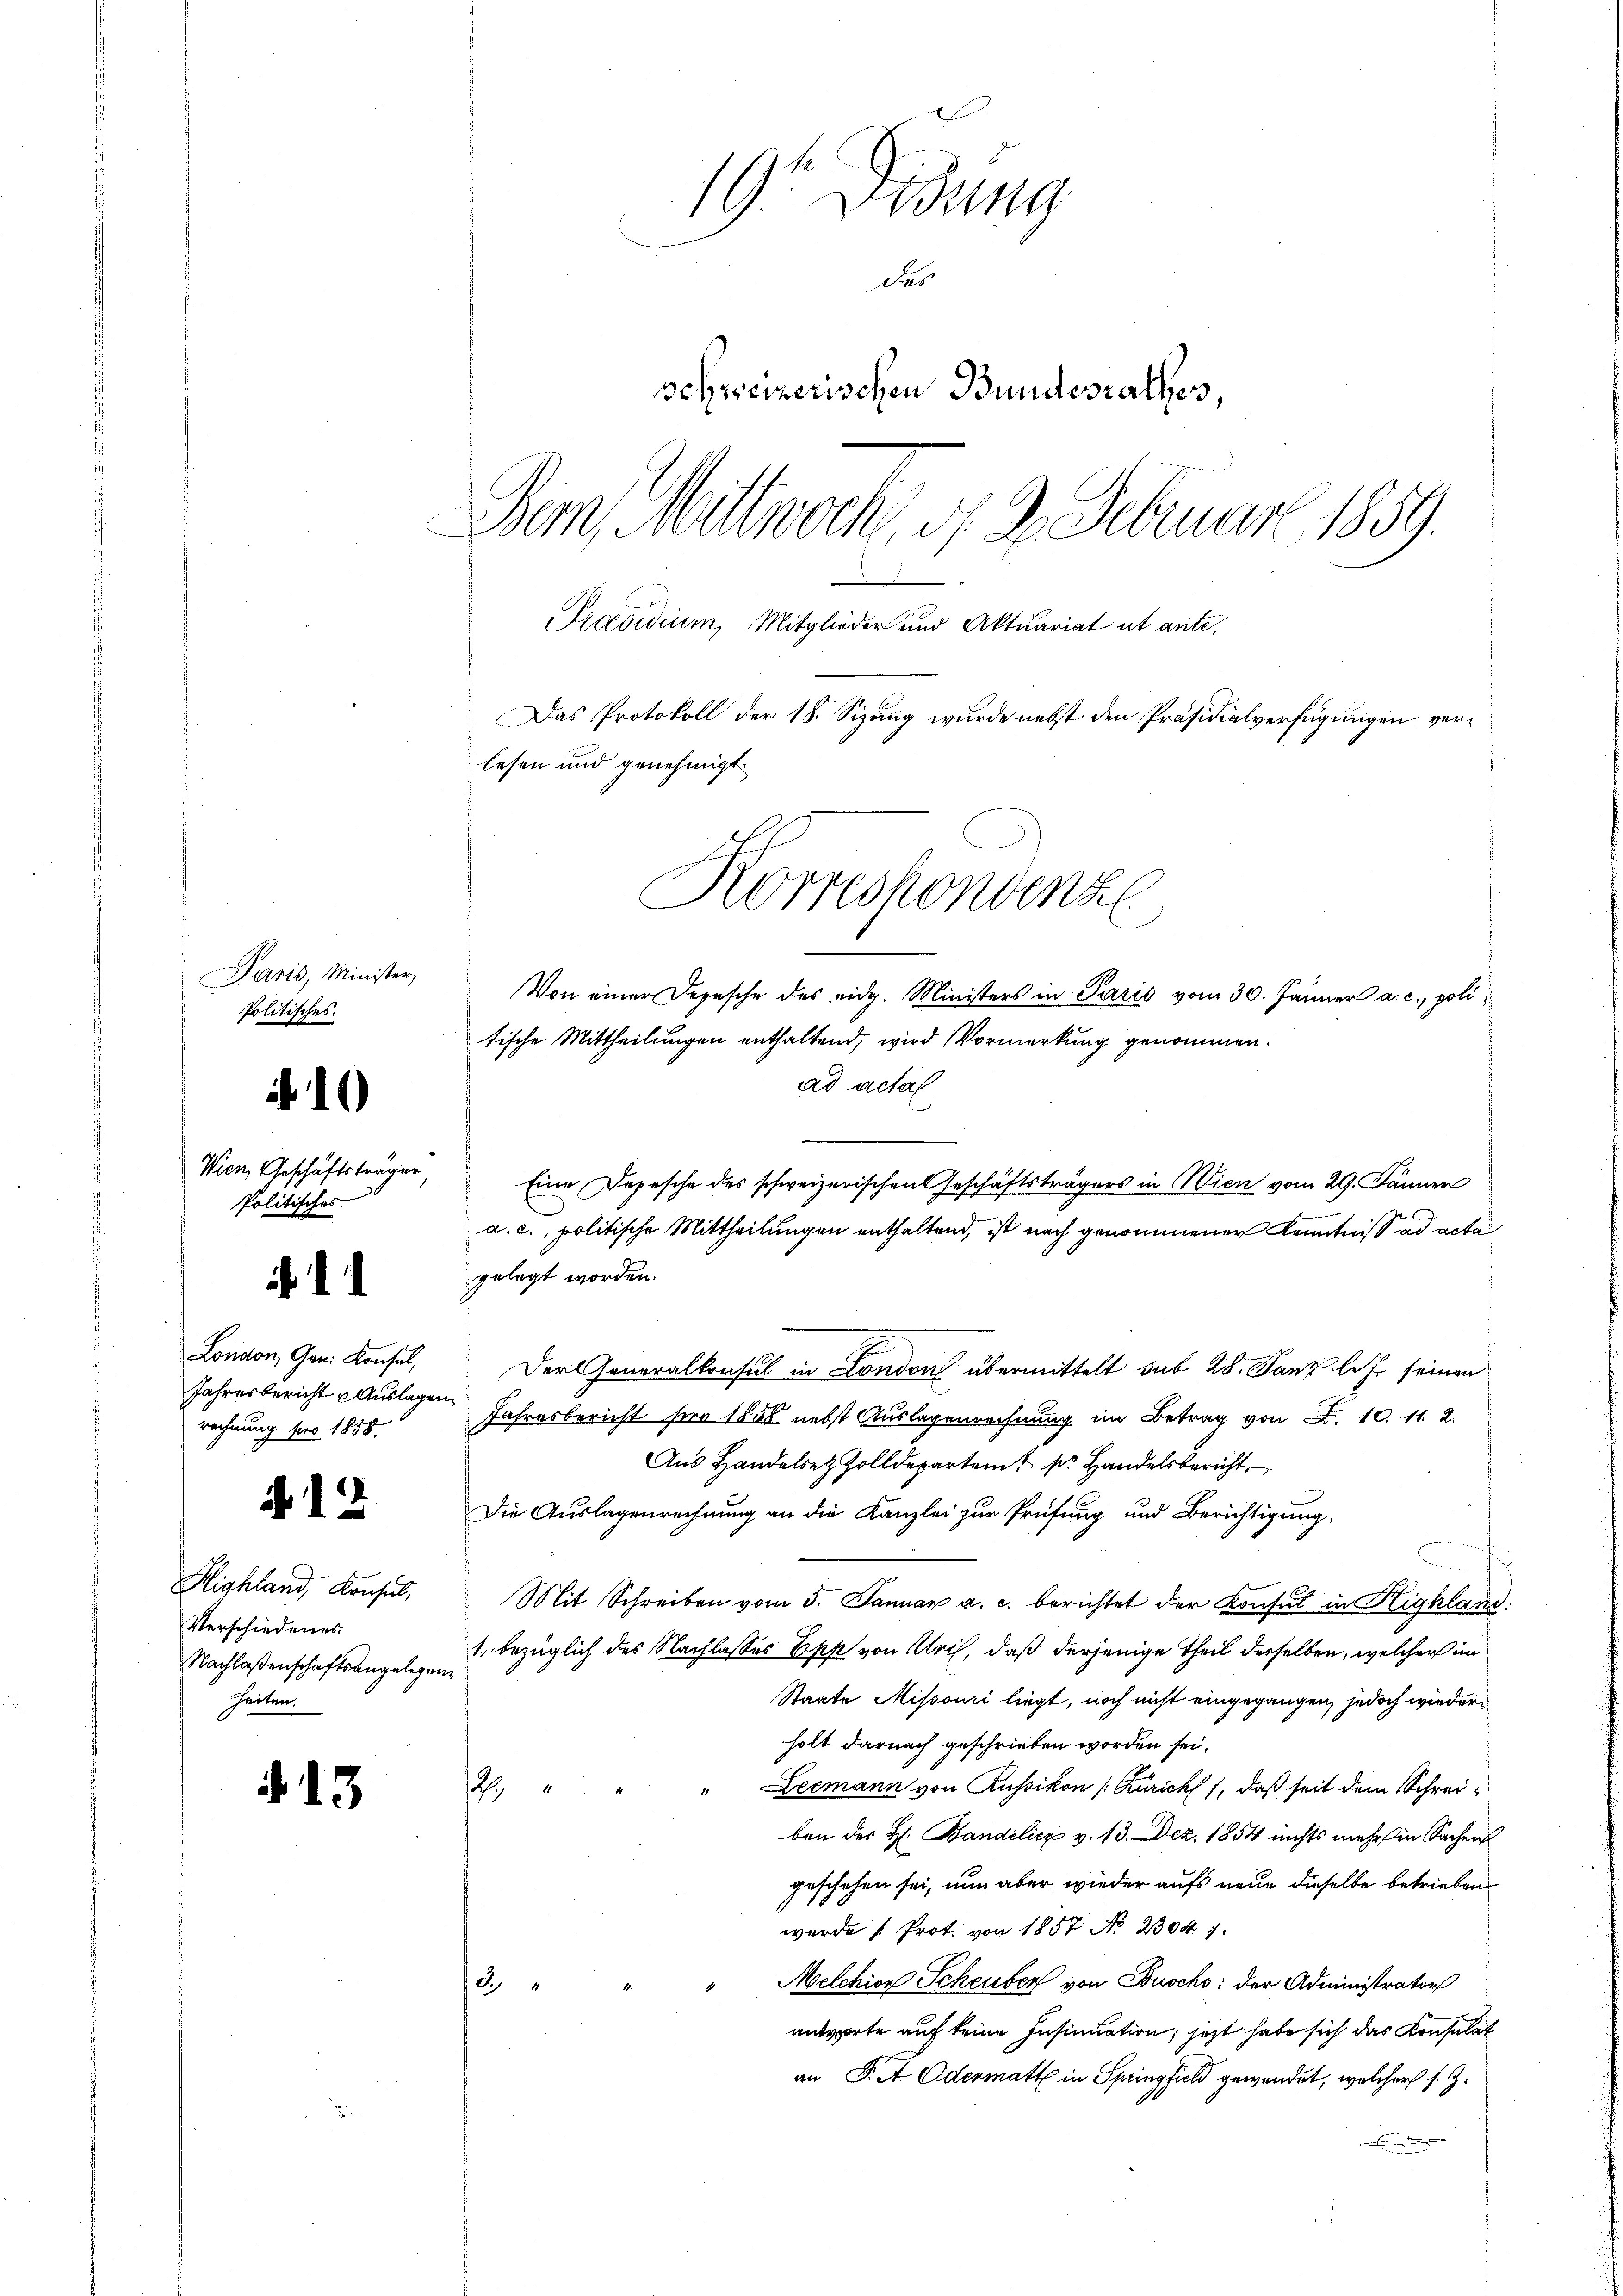
Paris, Minister,
Politisches.

10

Wien, Geschäftsträger,
Politisches

11

Jahresbericht Auslagen.
rechnung pro 1858.

.

Verschiedenes.
Nachlaßenschaftsangelegen
heiten.

13

19 Didung
Des
schweizerischen Bundesrathes,
Dem Mittwoch, 1 3. Februar 1859.
Präsidium, Mitglieder und Aktuariat ut ante.
Das Protokoll der 18. Sizung wurde nebst den Präsidialverfügungen verlesen und genehmigt.

ad actal
Eine Depesche des schweizerischen Geschäftsträgers in Wien vom 29. Jänner
a. c., politische Mittheilungen enthaltend, ist nach genommener Kenntniß ad acta
gelegt worden.
London, Gen. Konsul, Der Generalkonsul in London übermittelt sub 28. Tanz l.J. seinen
Jahresbericht ser 1800 nebst Auslagenrechnung im Betrag von F. 10. 11. 2.
Aŭs Handelsez Zolldepartem pr. Handelsbericht
Die Auslagenrechnung an die Kanzlei zur Prüfung und Berichtigung,
Highland, Konsŭl. Mit Schreiben vom 5. Januar a. c. berichtet der Konsul in Highland:
1. bezüglich des Nachlasses Epp von Uri, daß derjenige Theil derselben, welcher im
Staate Missouri liegt, noch nicht eingegangen, jedoch wieder
holt darnach geschrieben worden sei.
27
" Leemann von Russikon (Zürich, daß seit dem Schreiben des H. Bandelicz v. 13. Dez. 1854 nichts mehr in Sachen
geschehen sei, nun aber wieder aufs neue dieselbe betrieben
wurde [Prot. von 1857 No 2304. 7.
Melchion Scheuber von Buschs: der Administrator
12
antworte auf keine Insinuation; jetzt habe sich das Konsulat
an F. A. Odermatt in Springfield gewendet, welcher s. Z.

Korrechendenz
Von einer Depesche des eidg. Ministers in Paris vom 30. Jänner a. c., politische Mittheilungen enthaltend, wird Vormerkung genommen.